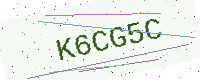
Text: K6CG5C